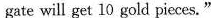
gate will get 10 gold pieces."